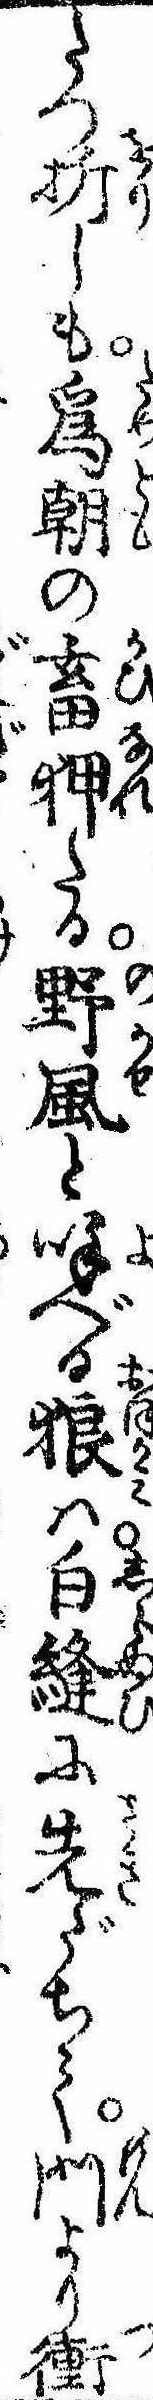
たつ折しも為朝の畜狎たる野風と呼べる狼は白縫に先だちて門より衝